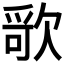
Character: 𰙔